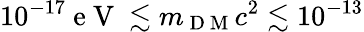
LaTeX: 10^{-17}\mathrm{~e~V~}\lesssim m_{\mathrm{~D~M~}}c^{2}\lesssim 10^{-13}